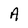
Character: A